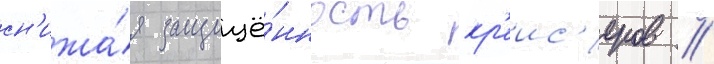
сн'ижа́я защищё́нность кр'еис'еров //